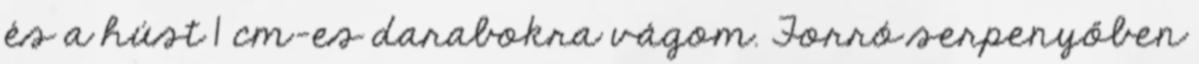
és a húst 1 cm-es darabokra vágom. Forró serpenyőben